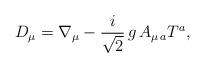
LaTeX: \begin{align*}D_{\mu }=\nabla _{\mu }-\frac{i}{\sqrt{2}}\,g\,A_{\mu \,a}T^{a},\end{align*}